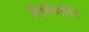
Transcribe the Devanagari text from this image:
फ्रेक्विलिन